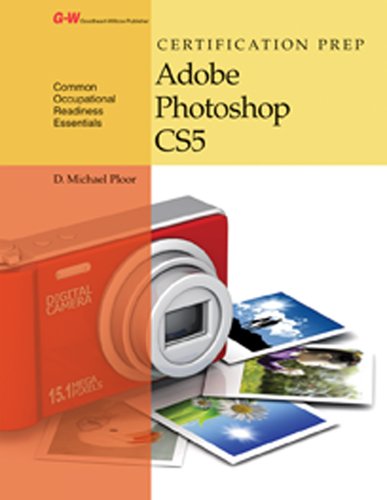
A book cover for Certification Prep Adobe Photoshop CS5; D. Michael Ploor; Computers & Technology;